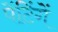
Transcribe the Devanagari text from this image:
पेंटिंगें